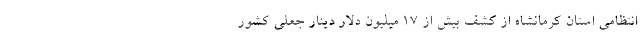
انتظامی استان کرمانشاه از کشف بیش از ۱۷ میلیون دلار دینار جعلی کشور